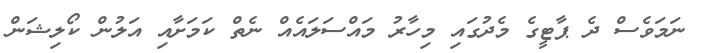
ނަމަވެސް ދެ ޕާޓީގެ މެދުގައި މިހާރު މައްސަލައެއް ނެތް ކަމަށާއި އަލުން ކޯލިޝަން